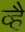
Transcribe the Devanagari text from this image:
व्है